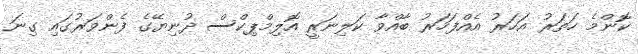
ކޮންމެ ހަތަރު އަހަރު އެއްފަހަރު ބާއްވާ ކަލިނަރީ އޮލިމްޕިކްސް ދުނިޔޭގެ ފެންވަރުގައި ގިނަ